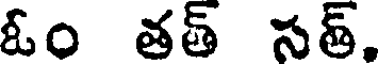
ఓం తత్ సత్.